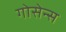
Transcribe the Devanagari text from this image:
गोसेन्स